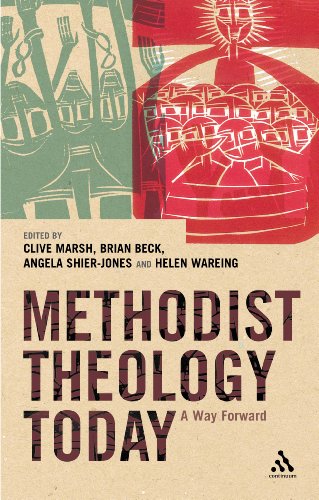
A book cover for Methodist Theology Today; Clive Marsh; Christian Books & Bibles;